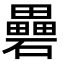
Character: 礨